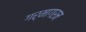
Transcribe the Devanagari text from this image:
गर्मागरम